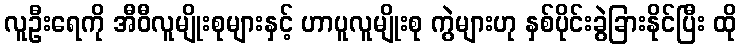
လူဦးရေကို အီဝီလူမျိုးစုများနှင့် ဟာပူလူမျိုးစု ကွဲများဟု နှစ်ပိုင်းခွဲခြားနိုင်ပြီး ထို